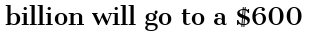
billion will go to a $600